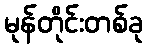
မုန်တိုင်းတစ်ခု